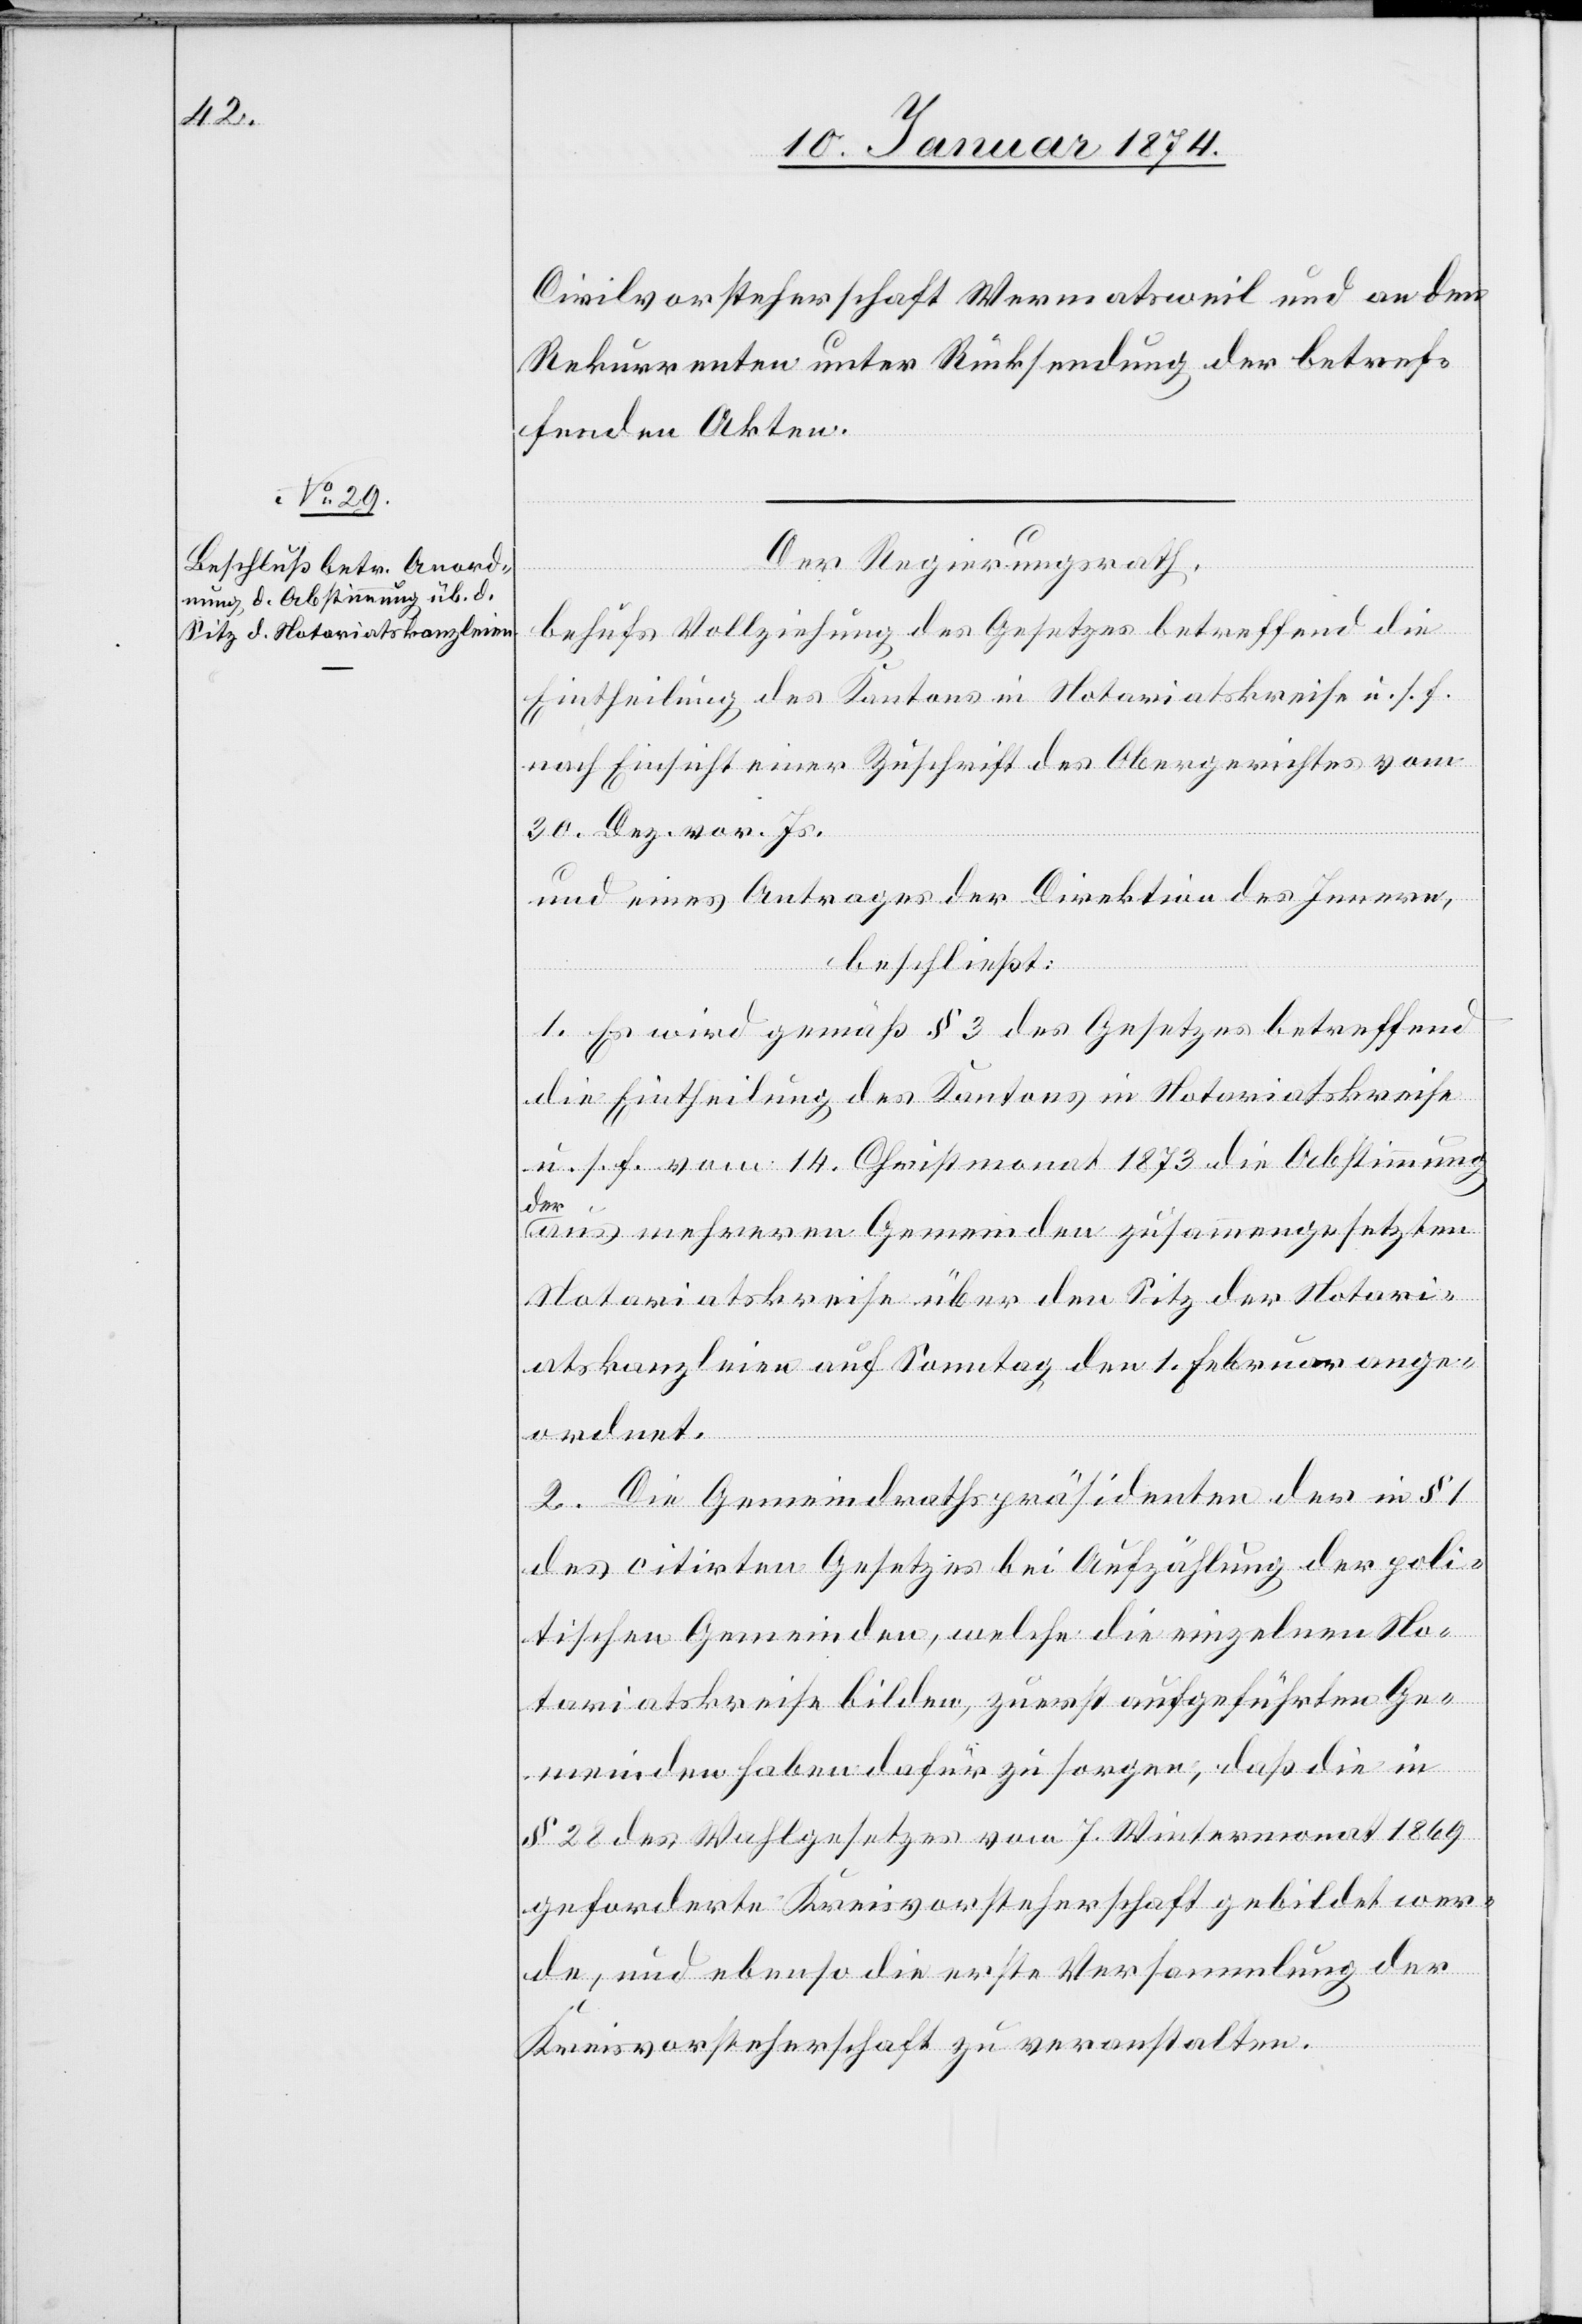
Civilvorsteherschaft Wermatsweil und an den
Rekurrenten unter Rücksendung der betref¬
fenden Akten.
Der Regierungsrath,
behufs Vollziehung des Gesetzes betreffend die
Eintheilung des Kantons in Notariatskreise u. s. f.
nach Einsicht einer Zuschrift des Obergerichtes vom
30. Dez. vor. Js.
und eines Antrages der Direktion des Innern,
beschließt:
1. Es wird gemäß § 3 des Gesetzes betreffend
die Eintheilung des Kantons in Notariatskreise
u. s. f. vom 14. Christmonat 1874 die Abstimmung
der
aus mehreren Gemeinden zusammengesetzten
Notariatskreise über den Sitz der Notari¬
atskanzleien auf Sonntag den 1. Februar ange¬
ordnet.
2. Die Gemeindrathspräsidenten der in § 1
des citirten Gesetzes bei Aufzählung der poli¬
tischen Gemeinden, welche die einzelnen No¬
taritatskreise bilden, zuerst aufgeführte Ge¬
meinden haben dafür zu sorgen, daß die in
§ 28 des Wahlgesetzes vom 7. Wintermonat 1869
geforderte Kreisvorsteherschaft gebildet wer¬
de, und ebenso die erste Versammlung der
Kreisvorsteherschaft zu veranstalten.